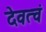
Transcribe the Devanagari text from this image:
देवत्वं